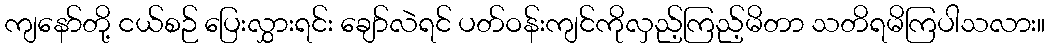
ကျနော်တို့ ငယ်စဉ် ပြေးလွှားရင်း ချော်လဲရင် ပတ်ဝန်းကျင်ကိုလှည့်ကြည့်မိတာ သတိရမိကြပါသလား။